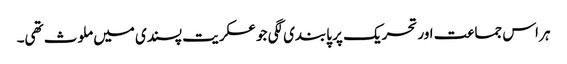
ہر اس جماعت اور تحریک پر پابندی لگی جو عسکریت پسندی میں ملوث تھی۔